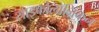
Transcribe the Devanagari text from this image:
साइकोलॉजिकन